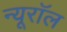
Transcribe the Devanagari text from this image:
न्यूरॉल